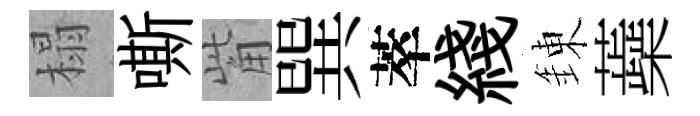
榻嘶觜巽萃綫錬蘃